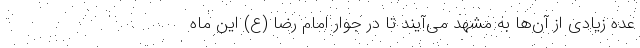
عده زیادی از آن‌ها به مشهد می‌آیند تا در جوار امام رضا (ع) این ماه